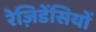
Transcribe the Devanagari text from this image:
रेज़िडेंसियों